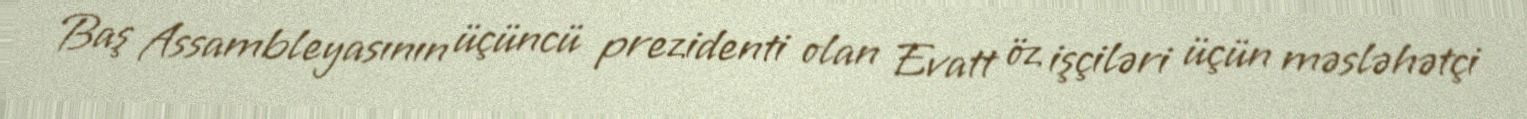
Baş Assambleyasının üçüncü prezidenti olan Evatt öz işçiləri üçün məsləhətçi